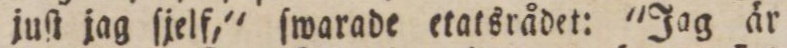
juſt jag ſjelf,' ſwarade etatsrådet: 'Jag är